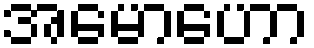
အမောဟော